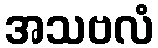
အသဗလံ